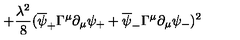
+ { \frac { \lambda ^ { 2 } } { 8 } } ( \overline { { \psi } } _ { + } \Gamma ^ { \mu } \partial _ { \mu } \psi _ { + } + \overline { { \psi } } _ { - } \Gamma ^ { \mu } \partial _ { \mu } \psi _ { - } ) ^ { 2 }